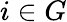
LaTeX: i\in G